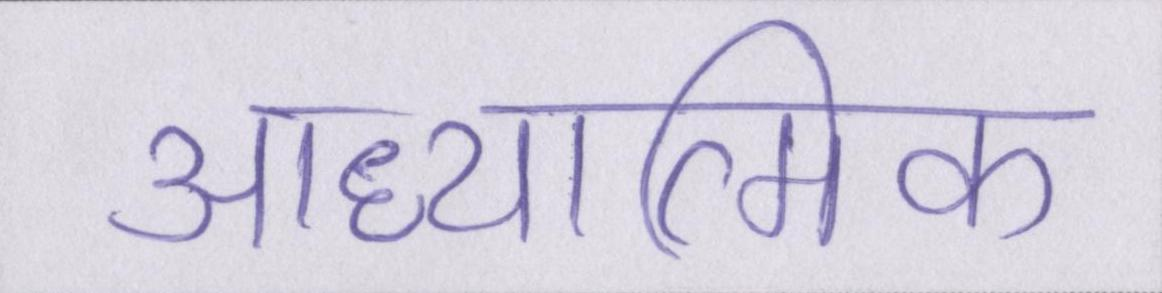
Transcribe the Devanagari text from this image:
आध्यात्मिक